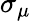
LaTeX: \sigma_{\mu}